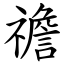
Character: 䄡